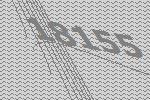
18155